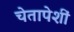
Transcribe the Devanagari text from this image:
चेतापेशीं